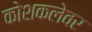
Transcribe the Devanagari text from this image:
कोशकलेवर